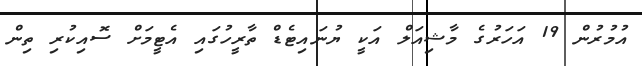
އުމުރުން 19 އަހަރުގެ މާޝިއަލް އަކީ ޔުނައިޓެޑް ތާރީހުގައި އެޓީމަށް ސޮއިކުރި ތިން